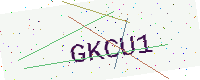
Text: GKCU1